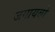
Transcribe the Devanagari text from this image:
जगायबो